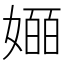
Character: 𫱯